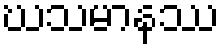
ဃသမာနဿ